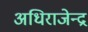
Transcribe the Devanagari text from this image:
अधिराजेन्द्र